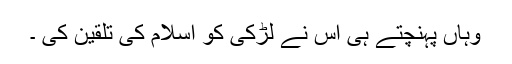
وہاں پہنچتے ہی اس نے لڑکی کو اسلام کی تلقین کی ۔